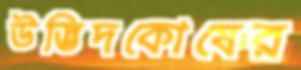
উদ্ভিদকোষের